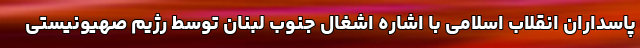
پاسداران انقلاب اسلامی با اشاره اشغال جنوب لبنان توسط رژیم صهیونیستی